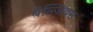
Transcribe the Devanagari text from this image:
बैल्जियम